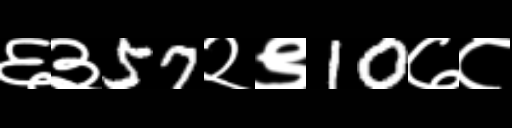
Text: ६३57२९10७८